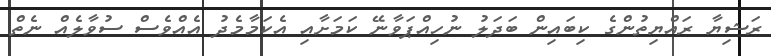
ރަޝިޔާ ރައްޔިތުންގެ ކިބައިން ބަދަލު ނުހިއްޕަވާނޭ ކަމަށާއި އެކަމާމެދު އެއްވެސް ސުވާލެއް ނެތް